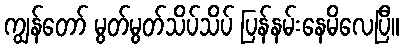
ကျွန်တော် မွတ်မွတ်သိပ်သိပ် ပြန်နမ်းနေမိလေပြီ။